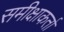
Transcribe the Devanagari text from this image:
समीक्षाकर्ता